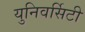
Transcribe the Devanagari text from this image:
युनिवर्सिटी